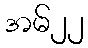
အမ်၂၂